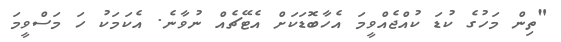
"ތިން މަހުގެ ކުޑަ ކުއްޖެއްވީމަ އެހާބޮޑަކަށް އެޓޭޗެއް ނުވާނެ. އެކަމަކު ހަ މަސްވީމަ